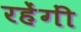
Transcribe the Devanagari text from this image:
रहेंगीं